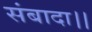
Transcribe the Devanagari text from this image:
संबादा।।